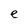
Character: e